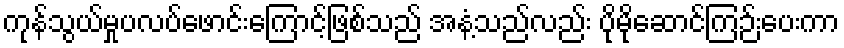
ကုန်သွယ်မှုပလပ်ဖောင်းကြောင့်ဖြစ်သည် အနံ့သည်လည်း ပိုမိုဆောင်ကြဉ်းပေးကာ